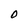
Character: O